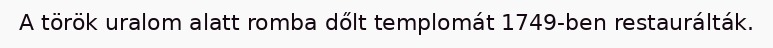
A török uralom alatt romba dőlt templomát 1749-ben restaurálták.